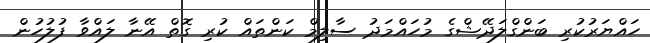
ހައްޔަރުކުރި ބަންގްލަދޭޝްގެ މުހައްމަދު ސާލިމް ކަންތައް ކުރި ގޮތް އޭނާ ލައްވާ ފުލުހުން